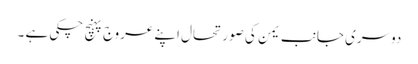
دوسری جانب یمن کی صورتحال اپنے عروج پہنچ چکی ہے ۔